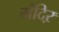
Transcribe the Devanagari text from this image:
मंदिऱ